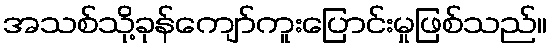
အသစ်သို့ခုန်ကျော်ကူးပြောင်းမှုဖြစ်သည်။